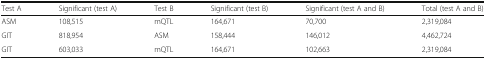
| Test A | Significant (test A) | Test B | Significant (test B) | Significant (test A and B) | Total (test A and B) |
 | --- | --- | --- | --- | --- | --- |
 | ASM | 108,515 | mQTL | 164,671 | 70,700 | 2,319,084 |
 | GIT | 818,954 | ASM | 158,444 | 146,012 | 4,462,724 |
 | GIT | 603,033 | mQTL | 164,671 | 102,663 | 2,319,084 |